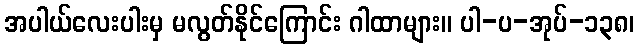
အပါယ်လေးပါးမှ မလွတ်နိုင်ကြောင်း ဂါထာများ။ ပါ-ပ-အုပ်-၁၃၈၊